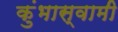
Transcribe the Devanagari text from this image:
कुंभास्वामी